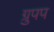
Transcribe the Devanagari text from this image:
ग्रुपप